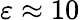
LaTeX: \varepsilon\approx 10